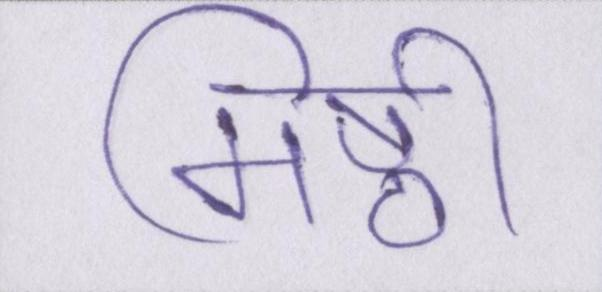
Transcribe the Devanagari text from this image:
मिष्ठी